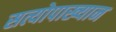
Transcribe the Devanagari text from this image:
सत्योपाख्यान